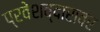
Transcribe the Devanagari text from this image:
प्रवेशव्दारावर